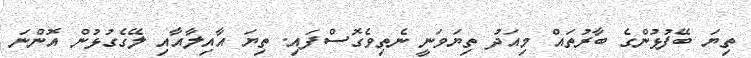
ތިޔަ ބޭފުޅުންގެ ބާރުތައް މިއަދު ތިޔަވަނީ ނެތިވެގޮސްފައި. ތިޔަ އާއިލާއާއި ލޭގެގުޅުން އޮންނަ